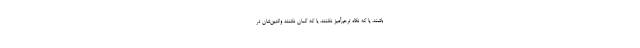
باشند. یا که نگاه ترحم‌آمیز نکنند، یا که گمان نکنند والدین‌شان در